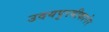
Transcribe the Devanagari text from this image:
उदयपुरबीकानेर